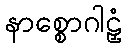
နာစ္စောဂါဠှံ